Reports on military cantonments and civil stations in the Presidency of Bombay inspected by the Sanitary Commissioner in the years 1875 and 1876
Year: 1875
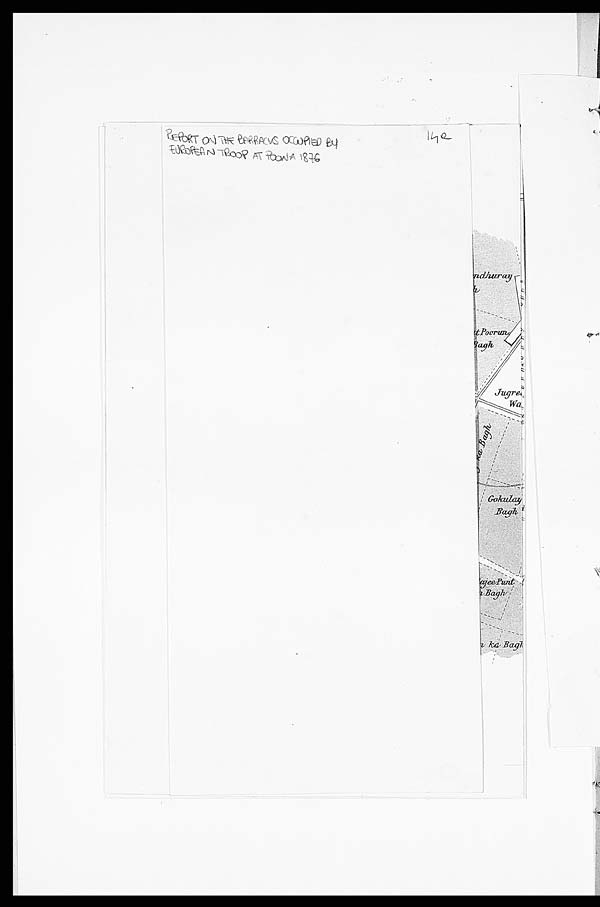
R E P O R T O N T H E B A R R A C U S O C C U P I E D B Y
E U R O P E A N T R O O P A T P O O N A 1 8 7 6